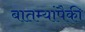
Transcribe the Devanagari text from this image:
बातम्यांपैकी